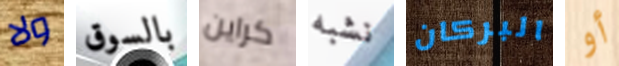
ولا بالسوق كراين نشبه البركان أو